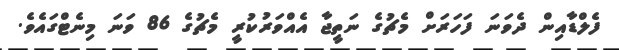
ފެލްޑާއިން ދެވަނަ ފަހަރަށް މެޗުގެ ނަތީޖާ އެއްވަރުކުރީ މެޗުގެ 86 ވަނަ މިނެޓްގައެވެ.